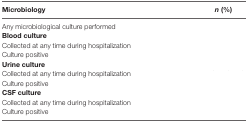
<table><thead><tr><td><b>Microbiology</b></td><td><b><i>n</i> (%)</b></td></tr></thead><tbody><tr><td>Any microbiological culture performed</td><td>[EMPTY_CELL]</td></tr><tr><td colspan="2"><b>Blood culture</b></td></tr><tr><td>Collected at any time during hospitalization</td><td>[EMPTY_CELL]</td></tr><tr><td>Culture positive</td><td>[EMPTY_CELL]</td></tr><tr><td colspan="2"><b>Urine culture</b></td></tr><tr><td>Collected at any time during hospitalization</td><td>[EMPTY_CELL]</td></tr><tr><td>Culture positive</td><td>[EMPTY_CELL]</td></tr><tr><td colspan="2"><b>CSF culture</b></td></tr><tr><td>Collected at any time during hospitalization</td><td>[EMPTY_CELL]</td></tr><tr><td>Culture positive</td><td>[EMPTY_CELL]</td></tr></tbody></table>